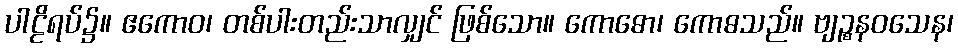
ပါဠိရပ်၌။ ဧကောဝ၊ တစ်ပါးတည်းသာလျှင် ဖြစ်သော။ ကောဓော၊ ကောဓသည်။ ဗျဉ္စနဝသေန၊